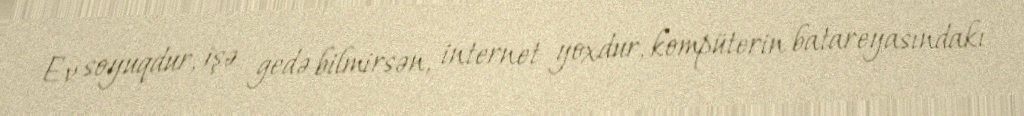
Ev soyuqdur, işə gedə bilmirsən, internet yoxdur, kompüterin batareyasındakı